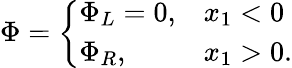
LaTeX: \Phi=\left\{ \begin{array}{ll}{\Phi_{L}=0,}&{x_{1}<0}\\ {\Phi_{R},}&{x_{1}>0.}\end{array}\right.